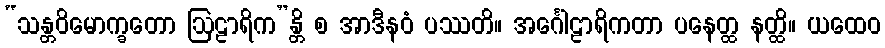
“သန္တဝိမောက္ခတော ဩဠာရိက”န္တိ စ အာဒီနဝံ ပဿတိ။ အင်္ဂေါဠာရိကတာ ပနေတ္ထ နတ္ထိ။ ယထေဝ